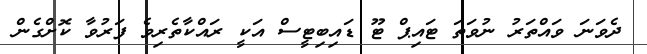
ދެވަނަ ވައްތަރު ނުވަތަ ޓައިޕް ޓޫ ޑައިބިޓީސް އަކީ ރައްކާތެރިވެ ފަރުވާ ކޮށްގެން